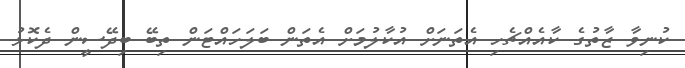
ކުނިވާ ޒާތުގެ ކާއެއްޗެހި އެތަނަށް އުކާލުމަށް އެތަން ބަލަހައްޓަން ތިބޭ ބިދޭސީން ދެކޮޅު